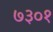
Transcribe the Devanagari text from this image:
७३०१